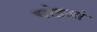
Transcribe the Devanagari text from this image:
चोइज़ो